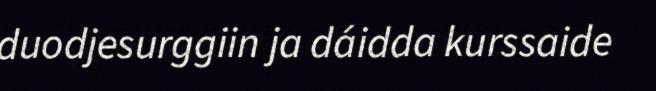
duodjesurggiin ja dáidda kurssaide